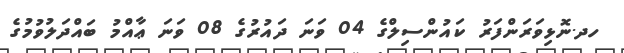
ހދ.ނޮޅިވަރަންފަރު ކައުންސިލްގެ 04 ވަނަ ދައުރުގެ 08 ވަނަ ޢާއްމު ބައްދަލުވުމުގެ